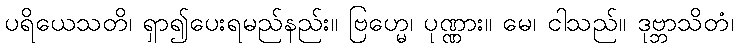
ပရိယေသတိ၊ ရှာ၍ပေးရမည်နည်း။ ဗြဟ္မေ၊ ပုဏ္ဏား။ မေ၊ ငါသည်။ ဒုဗ္ဘာသိတံ၊